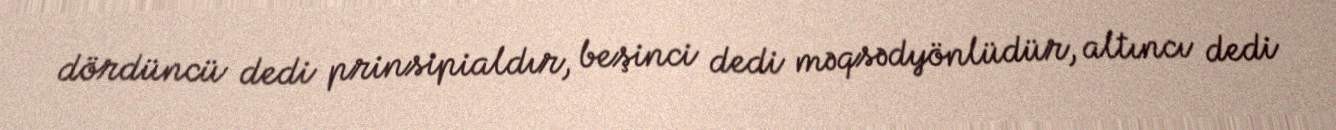
dördüncü dedi prinsipialdır, beşinci dedi məqsədyönlüdür, altıncı dedi